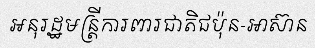
អនុរដ្ឋមន្ត្រីការពារជាតិជប៉ុន-អាស៊ាន